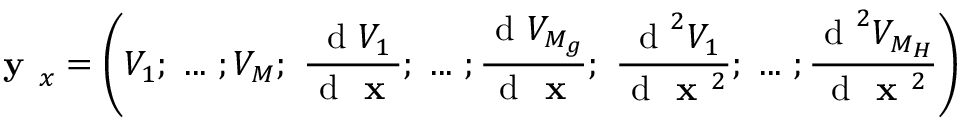
\textbf { y } _ { x } = \left( V _ { 1 } ; ~ . . . ~ ; V _ { M } ; ~ \frac { \mathrm { ~ d ~ } V _ { 1 } } { \mathrm { ~ d ~ } \textbf { x } } ; ~ . . . ~ ; \frac { \mathrm { ~ d ~ } V _ { M _ { g } } } { \mathrm { ~ d ~ } \textbf { x } } ; ~ \frac { \mathrm { ~ d ~ } ^ { 2 } V _ { 1 } } { \mathrm { ~ d ~ } \textbf { x } ^ { 2 } } ; ~ . . . ~ ; \frac { \mathrm { ~ d ~ } ^ { 2 } V _ { M _ { H } } } { \mathrm { ~ d ~ } \textbf { x } ^ { 2 } } \right)